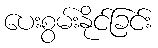
ပေးစွမ်းနိုင်ခြင်း